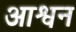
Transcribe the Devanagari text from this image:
आश्वन